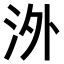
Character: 𣳢